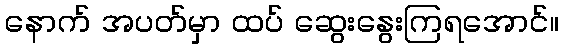
နောက် အပတ်မှာ ထပ် ဆွေးနွေးကြရအောင်။